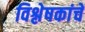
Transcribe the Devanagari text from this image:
विश्लेषकांचे